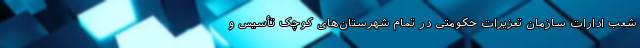
شعب ادارات سازمان تعزیرات حکومتی در تمام شهرستان‌های کوچک تأسیس و